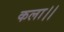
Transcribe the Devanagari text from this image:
कला।।